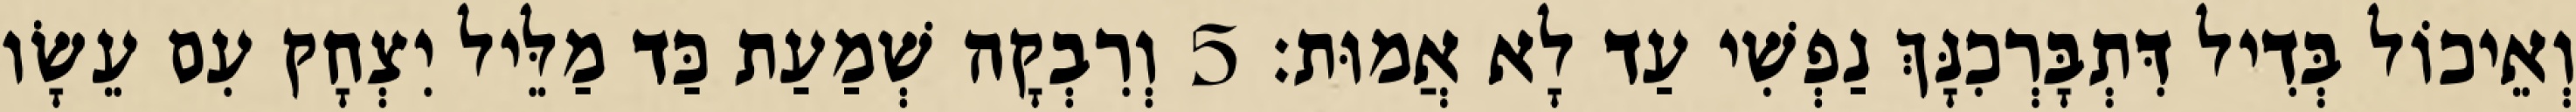
וְאֵיכוֹל בְּדִיל דִּתְבָּרְכִנָּךְ נַפְשִׁי עַד לָא אֲמוּת׃ 5 וְרִבְקָה שְׁמַעַת כַּד מַלֵּיל יִצְחָק עִם עֵשָׂו